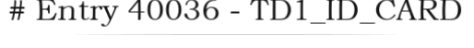
# Entry 40036 - TD1_ID_CARD